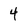
Character: 4